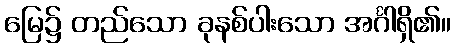
မြေ၌ တည်သော ခုနစ်ပါးသော အင်္ဂါရှိ၏။